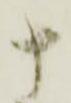
十